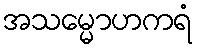
အသမ္မောဟကရံ